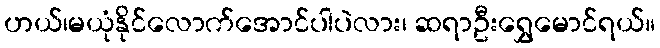
ဟယ်၊မယုံနိုင်လောက်အောင်ပါပဲလား၊ ဆရာဦးရွှေမောင်ရယ်။